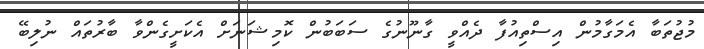
މުޖުތަބާ އެމަގާމުން އިސްތިއުފާ ދެއްވީ ގާނޫނުގެ ސަބަބުން ކޮމިޝަނަށް އެކަށީގެންވާ ބާރުތައް ނުލިބޭ